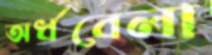
অর্ধবেলা